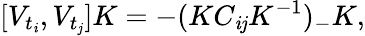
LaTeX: [V_{t_{\mathit{i}}},V_{t_{\mathit{j}}}]K=-(KC_{\mathit{i}\mathit{j}}K^{-1})_{-}K,